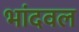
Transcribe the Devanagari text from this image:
भांदवल